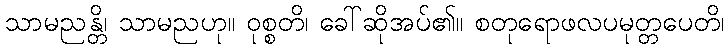
သာမညန္တိ၊ သာမညဟု။ ဝုစ္စတိ၊ ခေါ်ဆိုအပ်၏။ စတုရောဖလပမုတ္တပေတိ၊